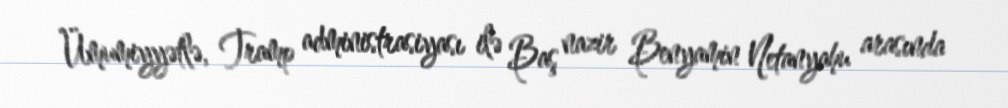
Ümumiyyətlə, Tramp administrasiyası ilə Baş nazir Benyamin Netanyahu arasında